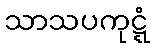
သာသပကုဋ္ဋံ